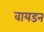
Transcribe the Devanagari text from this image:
वायडन